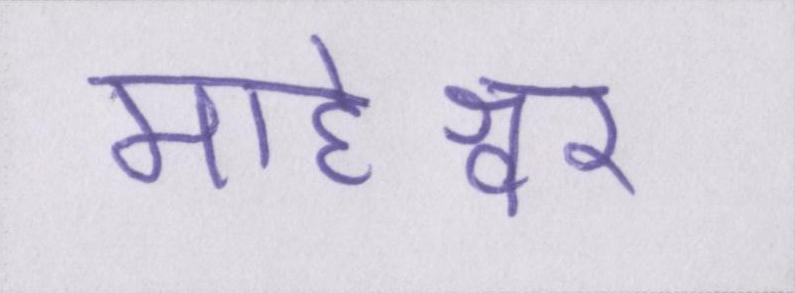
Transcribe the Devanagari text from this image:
माहेश्वर